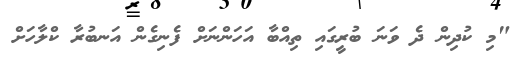
"މި ކުދިން ދެ ވަނަ ބުރީގައި ތިއްބާ އަހަންނަށް ފެނިގެން އަނބުރާ ކްލާހަށް